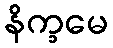
နိက္ခမေ